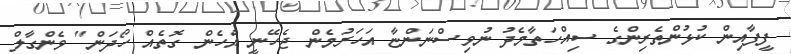
ފީފާއިން ކުޅުންތެރިންގެ ސިއްހަތާމެދު ނުވިސްނަންޏާ އަހަރުމެން ޖެހޭނީ އެހެން ގޮތެއް ހޯދަން" ވެންގާލް